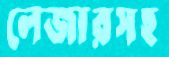
লেজারসহ